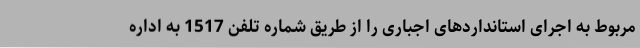
مربوط به اجرای استانداردهای اجباری را از طریق شماره تلفن 1517 به اداره